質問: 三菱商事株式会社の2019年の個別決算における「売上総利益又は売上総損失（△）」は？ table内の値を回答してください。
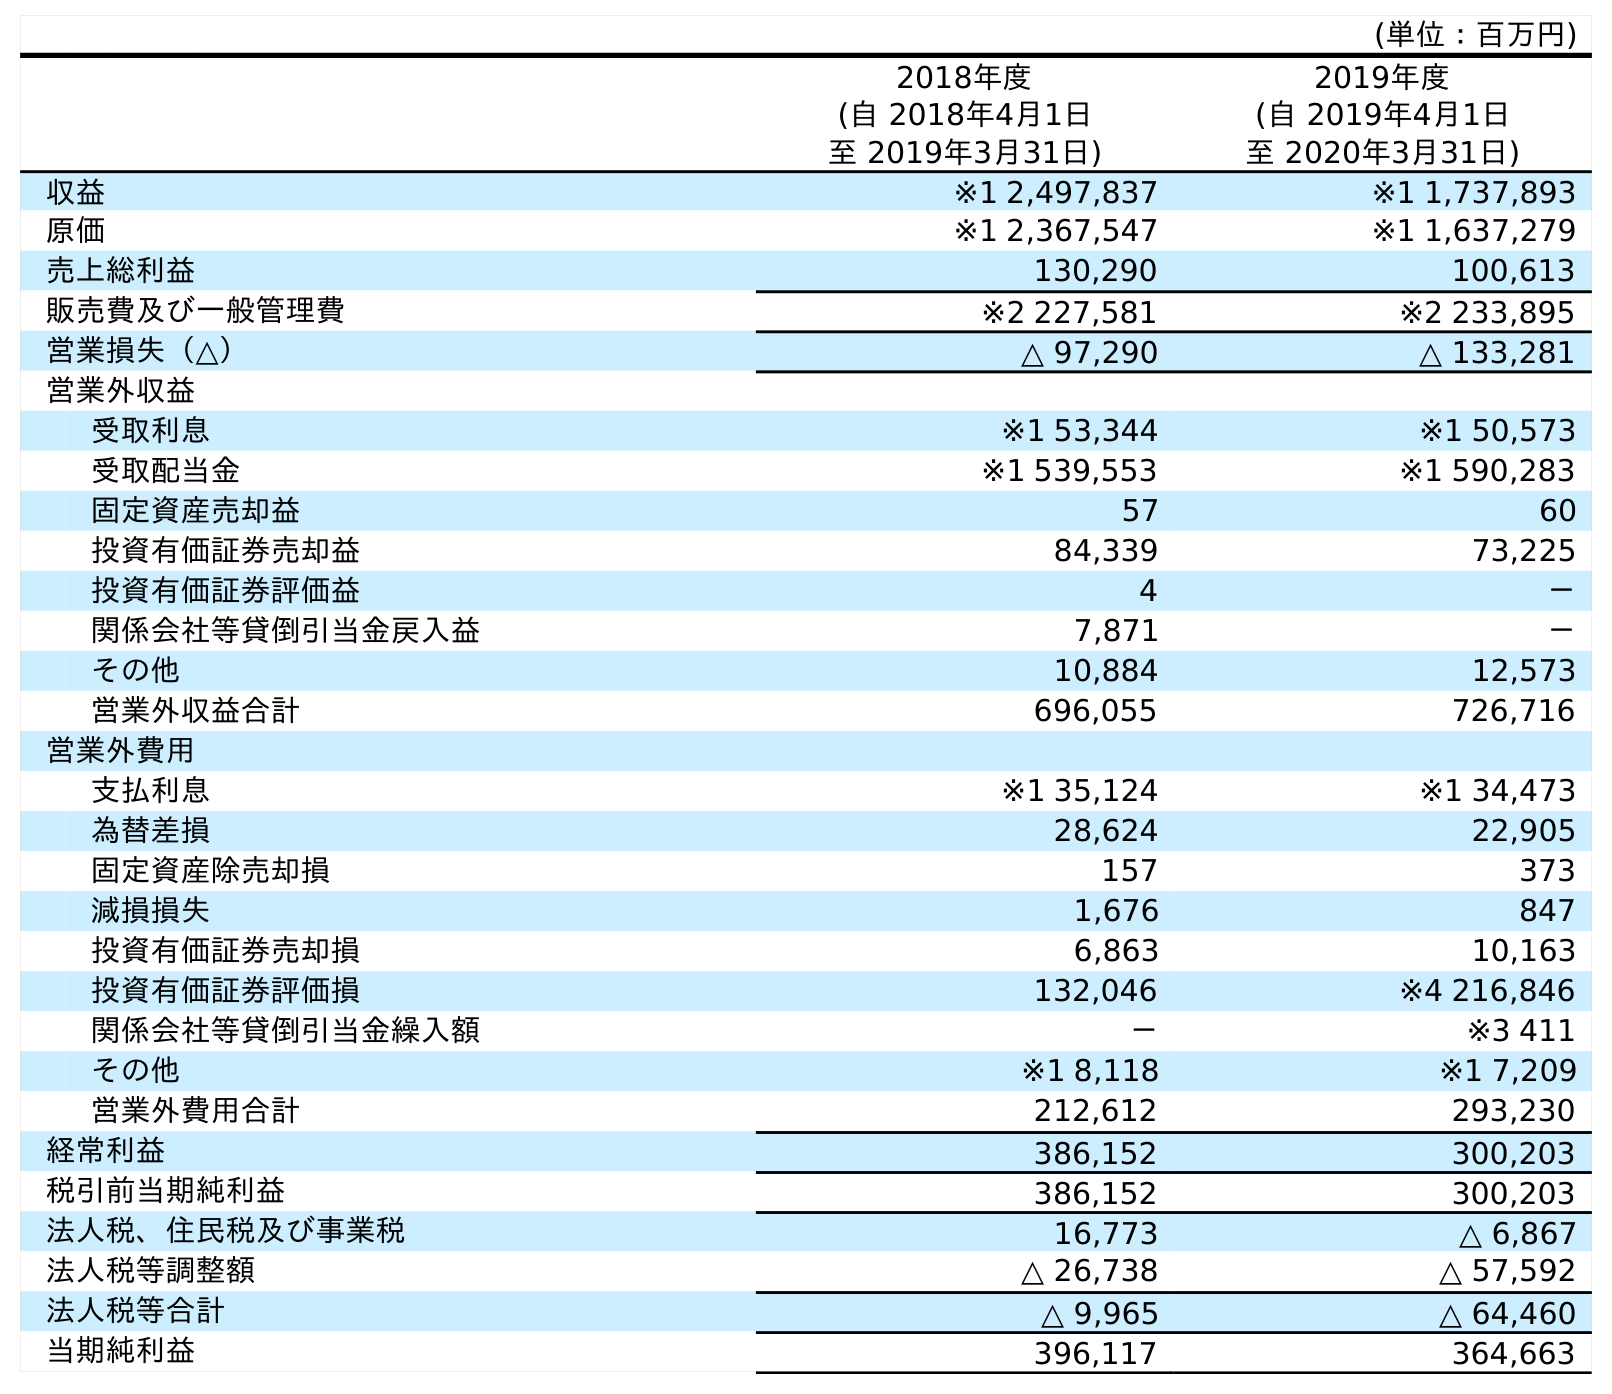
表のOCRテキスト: (単位：百万円) 2018年度 (自 2018年4月1日 至 2019年3月31日) 2019年度 (自 2019年4月1日 至 2020年3月31日) 収益 ※1 2,497,837 ※1 1,737,893 原価 ※1 2,367,547 ※1 1,637,279 売上総利益 130,290 100,613 販売費及び一般管理費 ※2 227,581 ※2 233,895 営業損失（△） △ 97,290 △ 133,281 営業外収益 受取利息 ※1 53,344 ※1 50,573 受取配当金 ※1 539,553 ※1 590,283 固定資産売却益 57 60 投資有価証券売却益 84,339 73,225 投資有価証券評価益 4 － 関係会社等貸倒引当金戻入益 7,871 － その他 10,884 12,573 営業外収益合計 696,055 726,716 営業外費用 支払利息 ※1 35,124 ※1 34,473 為替差損 28,624 22,905 固定資産除売却損 157 373 減損損失 1,676 847 投資有価証券売却損 6,863 10,163 投資有価証券評価損 132,046 ※4 216,846 関係会社等貸倒引当金繰入額 － ※3 411 その他 ※1 8,118 ※1 7,209 営業外費用合計 212,612 293,230 経常利益 386,152 300,203 税引前当期純利益 386,152 300,203 法人税、住民税及び事業税 16,773 △ 6,867 法人税等調整額 △ 26,738 △ 57,592 法人税等合計 △ 9,965 △ 64,460 当期純利益 396,117 364,663
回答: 130,290